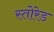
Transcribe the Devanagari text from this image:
स्तोरेड